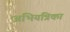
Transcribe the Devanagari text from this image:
अभियंत्रिका